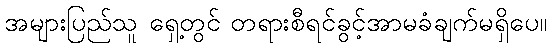
အများပြည်သူ ရှေ့တွင် တရားစီရင်ခွင့်အာမခံချက်မရှိပေ။